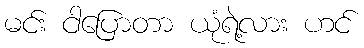
မင်း ငါပြောတာ ယုံရဲ့လား ဟင်